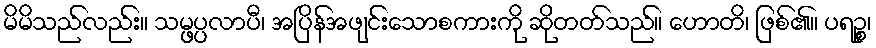
မိမိသည်လည်း။ သမ္ဖပ္ပလာပီ၊ အပြိန်အဖျင်းသောစကားကို ဆိုတတ်သည်။ ဟောတိ၊ ဖြစ်၏။ ပရဉ္စ၊